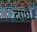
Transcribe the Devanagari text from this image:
दगधै